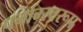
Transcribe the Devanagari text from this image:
पर्नाम्स्वरूप